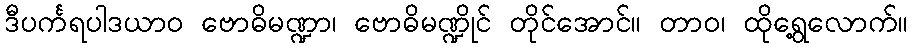
ဒီပင်္ကရပါဒယာဝ ဗောဓိမဏ္ဍာ၊ ဗောဓိမဏ္ဍိုင် တိုင်အောင်။ တာဝ၊ ထိုရွေ့လောက်။